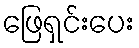
ဖြေရှင်းပေး